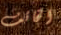
الخائف